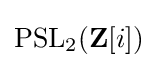
\operatorname {PSL} _{2}(\mathbf {Z} [i])